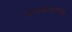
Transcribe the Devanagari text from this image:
तोफखान्यातील